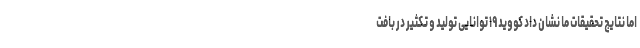
اما نتایج تحقیقات ما نشان داد کووید ۱۹ توانایی تولید و تکثیر در بافت